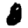
Digit: 8